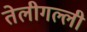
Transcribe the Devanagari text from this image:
तेलीगल्ली